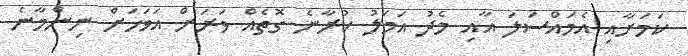
ކަމަށާއި އެމައްސަލަ އާއި މެދު އަމަލު ކުރާނެ ގޮތެއް ވަރަށް އަވަހަށް ނިންމާނެ